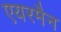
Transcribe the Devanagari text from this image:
एयरमैन